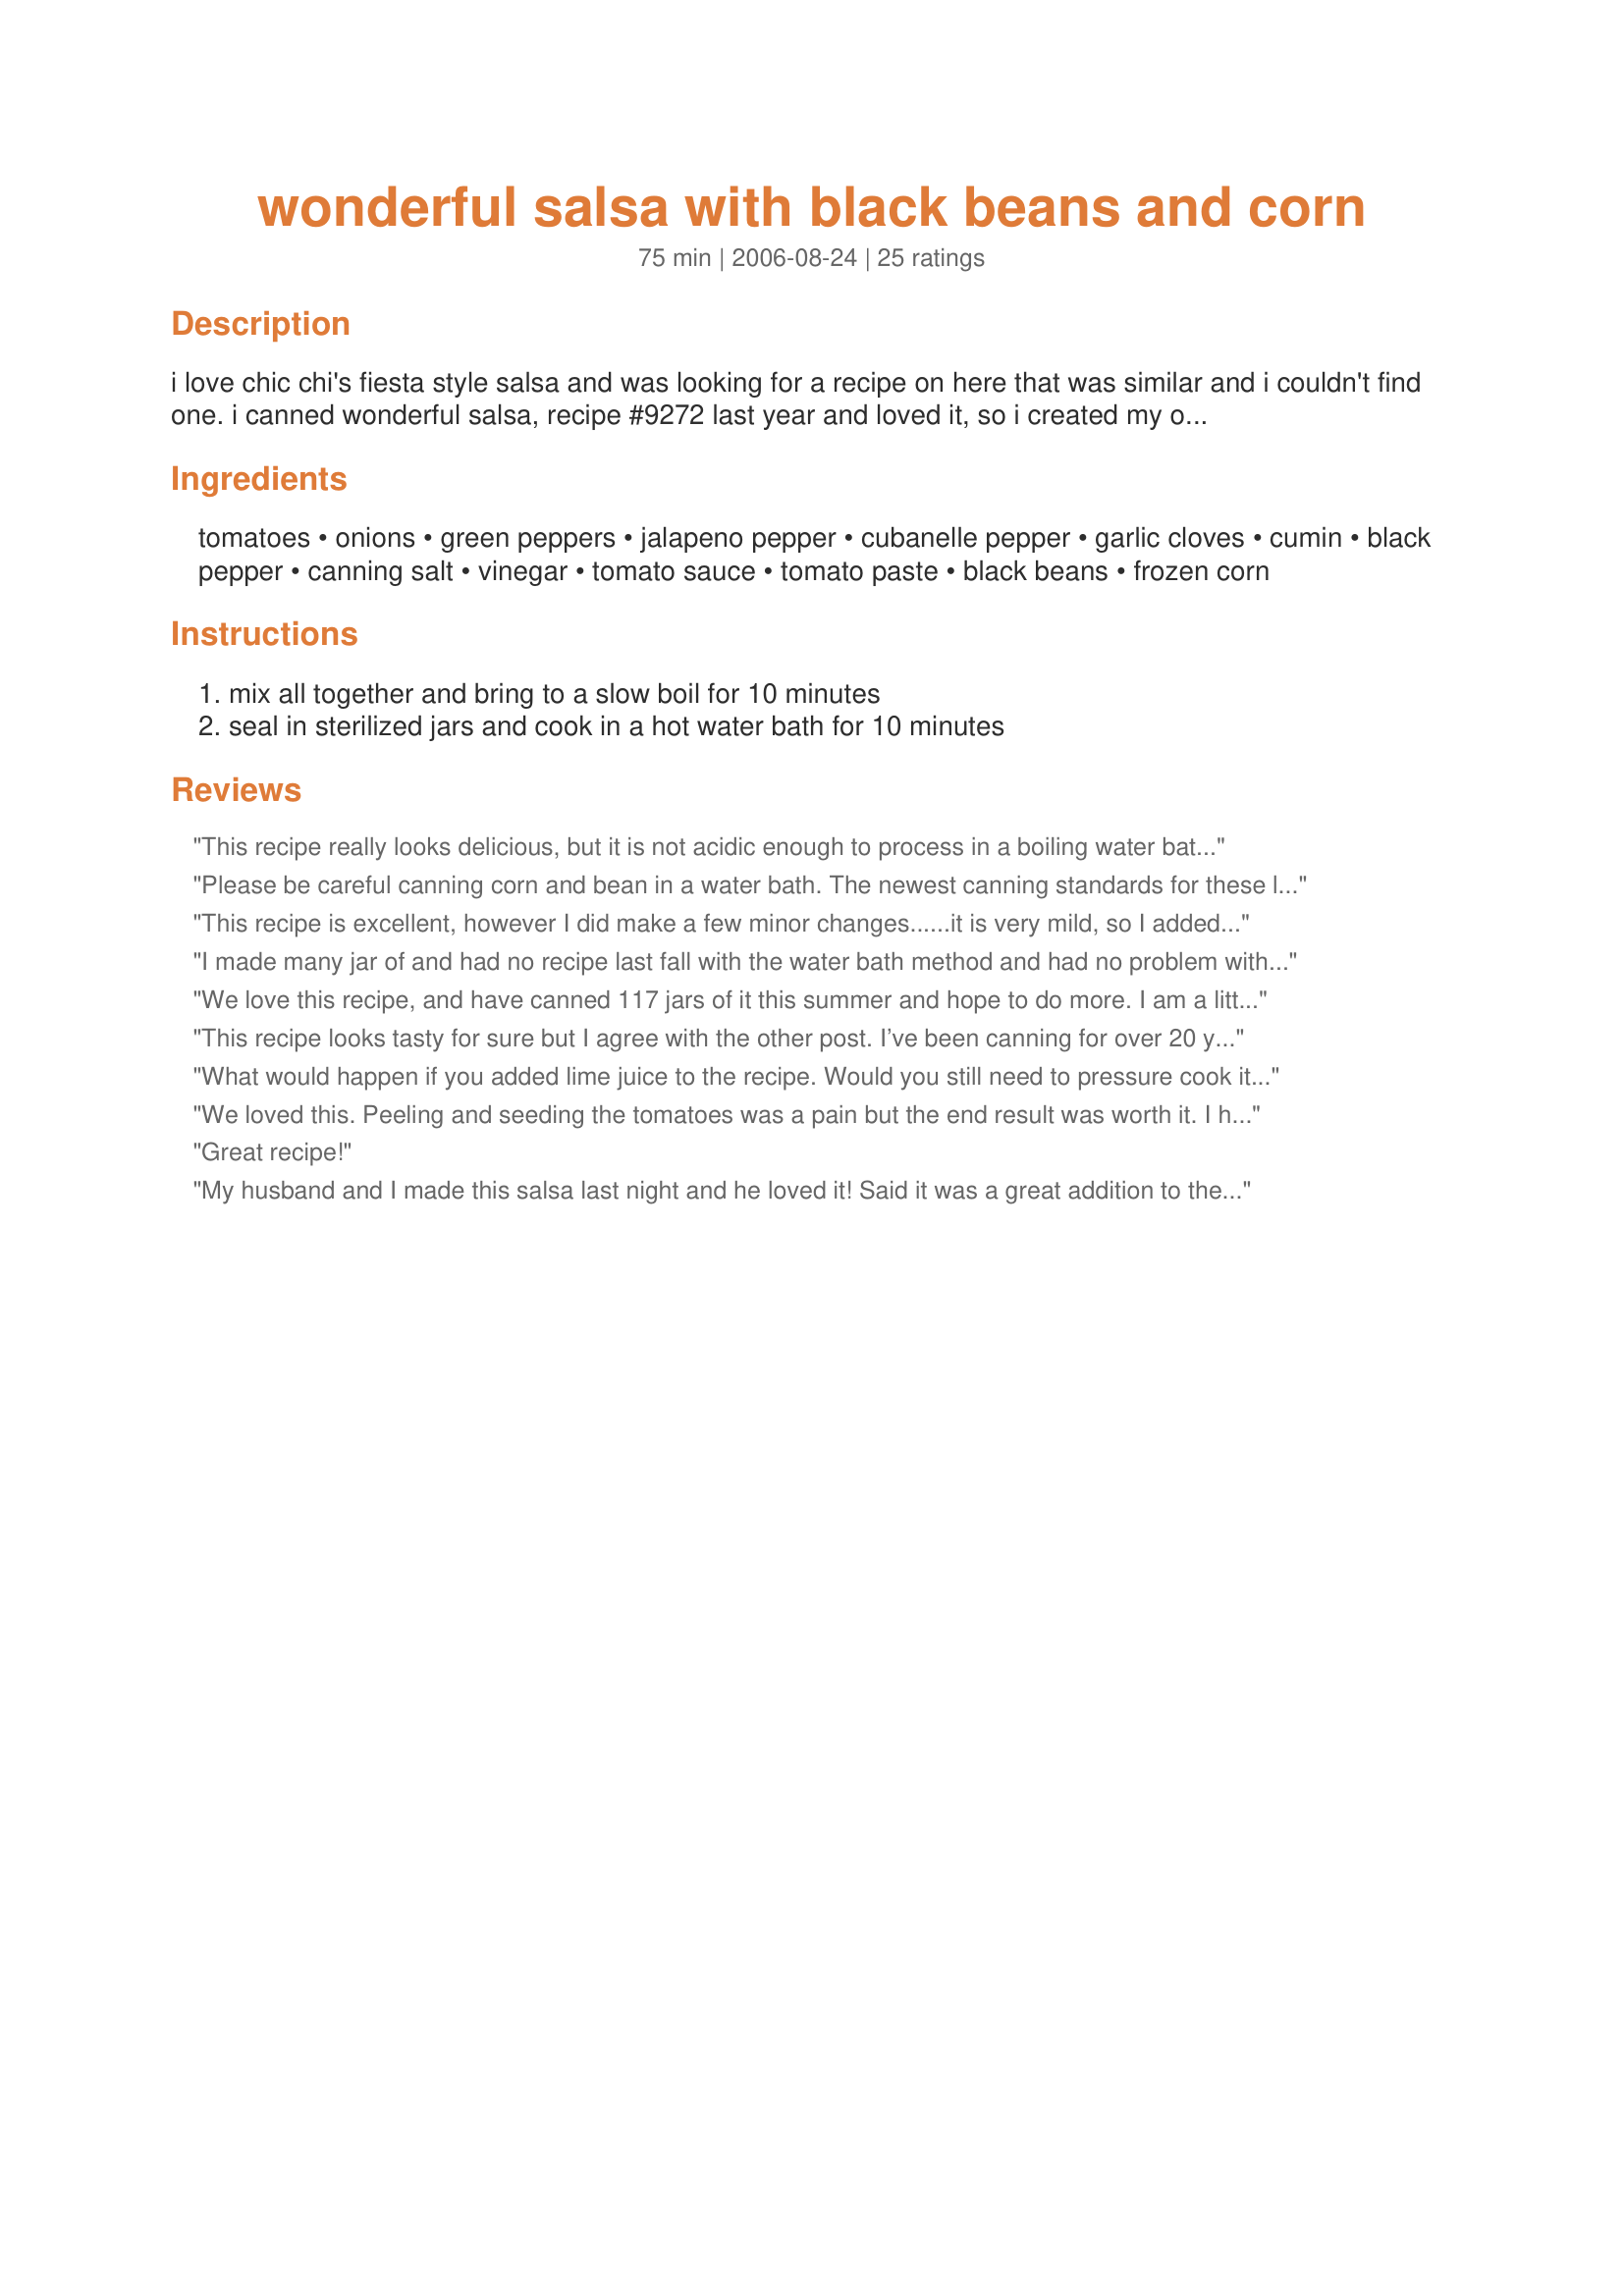
wonderful salsa with black beans and corn
Preparation time: 75 minutes

i love chic chi's fiesta style salsa and was looking for a recipe on here that was similar and i couldn't find one. i canned wonderful salsa, recipe #9272 last year and loved it, so i created my own "fiesta" salsa. i would like to thank jazze22 for sharing her wonderful salsa recipe. i will post the recipe as i made it, i did make a couple changes from the original recipe. i hope if you try it, that you like it as much as i do. to cut the heat remove the veins and seeds. also, wear gloves when handling the peppers.

Ingredients:
tomatoes, onions, green peppers, jalapeno pepper, cubanelle pepper, garlic cloves, cumin, black pepper, canning salt, vinegar, tomato sauce, tomato paste, black beans, frozen corn

Steps:
mix all together and bring to a slow boil for 10 minutes, seal in sterilized jars and cook in a hot water bath for 10 minutes

Reviews:
This recipe really looks delicious, but it is not acidic enough to process in a boiling water bath canner, even with the small amount of added vinegar. It is perfectly safe if processed using modern methods, which means using a pressure canner for non-acidic food like corn and beans. If you are unfamiliar with these techniques, please go to http://www.uga.edu/nchfp/how/can_home.html for the current information, or visit the canning and food preservation forum on food.com. The salsa could be safely stored in the freezer, as an alternative.
Please be careful canning corn and bean in a water bath. The newest canning standards for these low acids are pressure can only. Sorry to rain on your parade but readers should be advised so they can make an informed choice
This recipe is excellent, however I did make a few minor changes......it is very mild, so I added 3 small, whole jalapeno peepers, chopped small......increased the garlic to 8 or 9 cloves and increased the vinegar to a scant 1/2 cup.....yield was 8-9 pints. 
This recipe was so good that I have had to make 4 batches already and will be making more......thank you from my entire family.........
I made many jar of and had no recipe last fall with the water bath method and had no problem with it.
We love this recipe, and have canned 117 jars of it this summer and hope to do more. I am a little concerned about the acid ratio for safe canning, does anyone from food.com have testing results for an amateur to ease my worries?? please let me know-
This recipe looks tasty for sure but I agree with the other post. I’ve been canning for over 20 years and this recipe has beans in it and absolutely has to be pressure canned. You cannot water bath beans they are a low acid food no matter if they are with tomatoes or not. Please at least follow the bare minimum guidelines for canning low acid foods to make sure that you don’t poison yourself. Check out Jackie Clays Growing and canning your own food, if you’re looking to ‘can outside the box’ and can safely.
What would happen if you added lime juice to the recipe. Would you still need to pressure cook it or would that add enough acidity?
We loved this. Peeling and seeding the tomatoes was a pain but the end result was worth it. I had a couple of friends over and we did a double batch as our first adventure in canning! I bet we lost a pint of salsa with all the sampling straight out of the pot! I did add some fresh cilantro and since we were aiming for a medium salsa put in a cup of jalapeno peppers (seeded), a cup of banana peppers (seeded) with a habanero or three (seeded) minced in for good measure. After canning we still ended up with a mild salsa. Made another batch (single this time) with a cup of jalapeno (plus seeds), a cup of habanero (plus seeds) and a TBS of cayenne pepper. This gave us a good medium salsa. Yield for each batch was 8 pints plus for us.
Great recipe!
My husband and I made this salsa last night and he loved it! Said it was a great addition to the "Wonderful Salsa" recipe we canned earlier. I used red onion, added some cilantro and couldn't find a cubanelle pepper so used an Anaheim pepper. EXcellent and so easy! Thanks for posting Goochie137!
Delightful salsa BUT be SURE to add at least 2 cups of lemon juice to the recipe before cooking and canning. This brightens the flavor AND makes it safer to can. I also added 2 T of fresh cilantro. Such pretty and DELICIOUS salsa!
This recipe is delicious as is. I think I preferred it before adding the second 6 ounces of tomato paste. It still has a nice fresh taste. However, I know my family's tastes. I did doctor it up a bit. I added the following before the 15 minute simmer: 2 bay leaves, a little extra cumin, the juice of 1 whole lime in place of the lemon juice, and about 4 fat cloves of minced garlic sauted in 2 tbsp olive oil. I stirred in the juice of another 1/2 lime just before portioning into my jars. I do not have a pressure canner, so I canned by water bath method, 15 minutes for my pints and 30 minutes for my quarts. I then cooled to room temp, refrigerated until cold and then froze the salsa in the canning jars. I will thaw them in the frig when we are ready to use. I have looked extensively for swapping out lime juice for vinegar. It can be done, but they recommend using bottled lemon or lime juice because the acidity is more consistent. In this recipe, I used the recommended amount of vinegar. I have no way of checking the pH of my salsa to know how the corn and beans affect it even after adding the extra lime juice. I feel safer killing any bacteria with the boiling water bath, and then storing it in the freezer. I also sterilize my jars, lids and rings. I am not sure if freezing the glass mason jars makes them more susceptible to breakage for future canning projects. I would appreciate any thoughts. on that.
This is tasty salsa, but absolutely not safe for water bath canning. Nowhere near acidic enough, and with both beans and corn in it, there&#039;s no way to make it safe for water bath canning. This recipe absolutely requires pressure canning, and without clear, tested instructions I wouldn&#039;t even try that. But hey, if you want your friends and family to die of botulism, go right ahead and follow the directions as written.
This is an excellent salsa - very tasty. We have made it several times. It&#039;s a keeper!
I would love to try this recipe, sounds delicious! However it would be my first time canning anything and I am concerned about the botulism concern (obviously). Would the reviewer suggesting to add 2 cups of lemon juice be correct for safety? Would that change the flavors? Thank you!
We made a double batch of this salsa last night and it is wonderful. Had some left that would not fill a jar so we got out the chips and it was gone in no time.
This is so awesome! I didn't can nearly enough of it, but next year my garden will be planted with this recipe in mind. I'm hiding my stash so my adult children save some for later! Pints of this would be perfect in a Christmas gift basket.
Great Flavour!! I did not put in the whole cup of jalepenos because I like a mild salsa. If the recipe is followed exactly, it will only yield about 6 pints.
Sorry to be a wet blanket, but this recipe is potentially a death sentence. This must be pressure canned to be safe and even there, you must carefully analyze the recipe to ensure that the beans will not swell too much in the jars to prevent adequate fluid movement in the jar to ensure even heating and allow it to reach a safe processing temperature. A water bath cannot reach 250 degrees. With beans being part of the recipe this would likely need to be pressure canned 90-100 minutes at 10lbs pressure. Botulism kills, folks and contrary to myth it may not bulge the lid, can be odorless and tasteless and kill you with the amount that you taste to check. Check out the USDA and other reputable sites that know what they are talking about. Its Russian roulette otherwise.
I made this recipe this morning and it is absolutely delicious. It is a mild to medium salsa so you may want to add more jalapeno peppers if you like it hotter.
I make this all the time and it&#039;s one of the Family Favorites. But, I&#039;m sure to add cilantro. It just doesn&#039;t seem right to make this recipe without it and I use plenty of lime juice which gives it that &quot;Mexican&quot; taste.
this recipe is awesome. Not too much black beans or corn. Just perfect. the taste is awesome. Has just enough kick to it. very, very good.<br/>thanks for this recipe.<br/>Jan buesgens
Absoultely wonderful salsa! We had a variety of peppers of all different colors and heats. That is what we used. We ended up with 7 pints and some extra. We had to try the extra and it was delicious and looks wonderful,too! I can't wait to try it after the flavors have a chance to blend!
I added some more vinegar. Added a cup of chopped pineapple...I forgot to buy the peppers so I added some crazy Ghost pepper hot sauce..a splash till it tasted right and I also cooked it. 10 minutes was not enough to do anything to the red peppers and onions. Oh and I added a little bit of sugar to cut the acidity...MMMMMMMM
I absolutely LOVE LOVE LOVE this recipe!!! Have been making it for several years and always have friends wanting a jar!!! You won't be disappointed!!!
